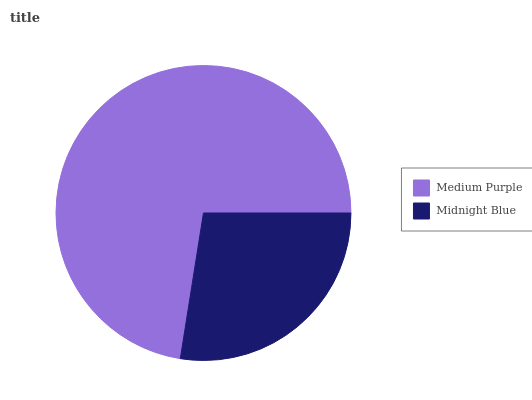
| Medium Purple | Midnight Blue |
 | --- | --- |
 | 72.5% | 27.5% |